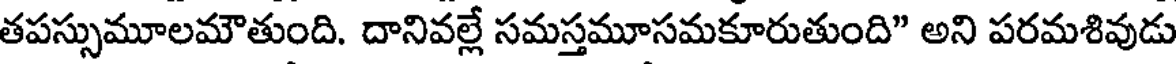
తపస్సుమూలమౌతుంది. దానివల్లే సమస్తమూసమకూరుతుంది" అని పరమశివుడు